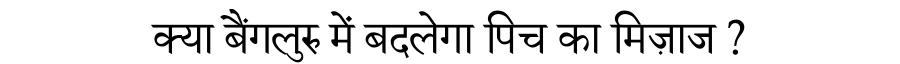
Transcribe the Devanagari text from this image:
क्या बैंगलुरु में बदलेगा पिच का मिज़ाज ?